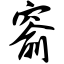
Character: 窬